NAE_ERA_R-1992_EV_Ehitusministeerium, lk 11
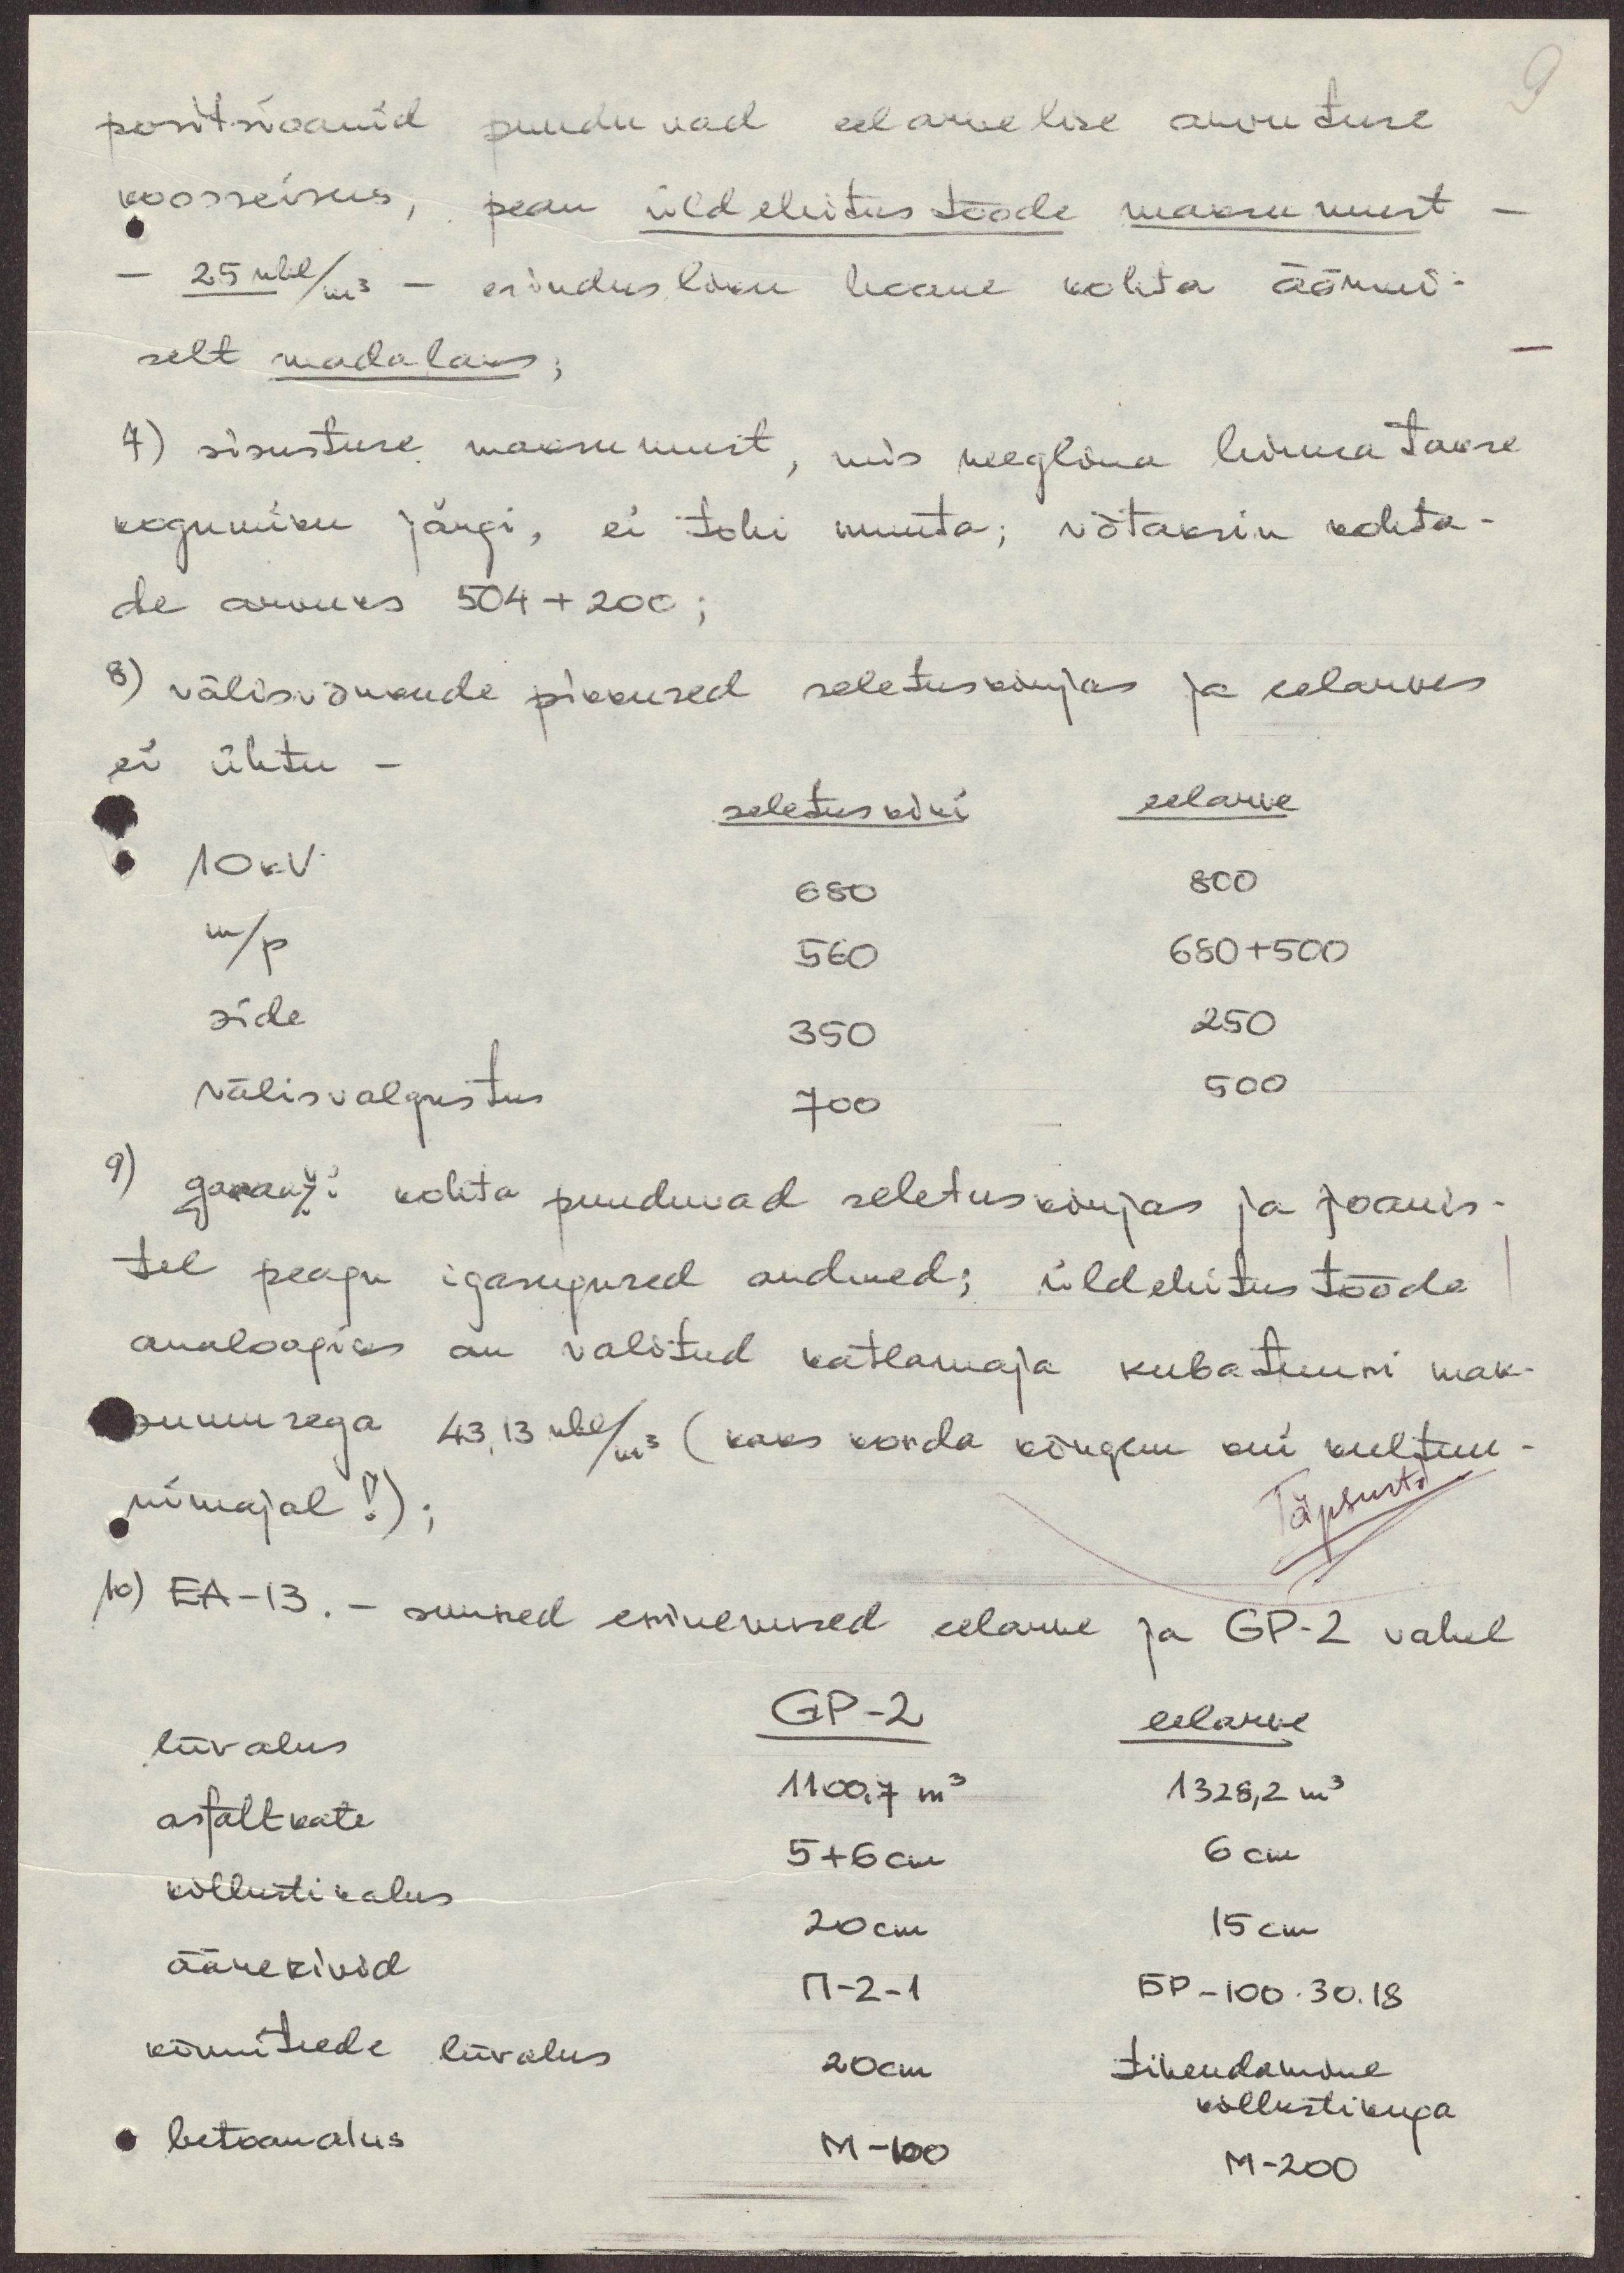
9

positsioonid puuduvad eelarvelise arvutuse
koosseisus, pean üldehitus tööde maksumust
- 25 rbl/m3 - esindusliku hoone kohta äärmi-
selt madalaks;
7) sisustuse maksumust, mis reeglina leidematakse
kogumiku järgi, ei tohi muuta; võtaksin kohta-
de arvuks 504+200;
8) välisvõrkude pikkused seletuskirjas ja eelarves
ei ühtu -
seletuskiri
eelarve
10 kV
680
800
m/p
560
680+500
side
350
250
välisvalgustus
700
500
9) garaaži kohta puuduvad seletuskirjas ja joonis-
tel peagu igasugused andmed; üldehitustööde
analoogias on valitud katlamaja kubatuuri mak-
sumusega 43,13 rbl/m3 (kaks korda kõrgem kui kultuu
rimajal!);
Täpsusta
10) EA-13. - suured erinevused eelarve ja GP-2 vahel
GP-2 eelarve
liivalus
1100.7 m3 1328,2 m3
asfaltkate
5+6 cm 6 cm
killustikalus 20 cm 15 cm
äärekivid
П-2-1 БP-100.30.18
kõnniteede liivalus 20cm tihendamine
killustikugakillustikuga
betoonalus
M-100
M-200